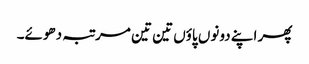
پھر اپنے دونوں پاؤں تین تین مرتبہ دھوئے۔